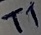
Text: T1